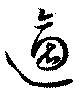
適